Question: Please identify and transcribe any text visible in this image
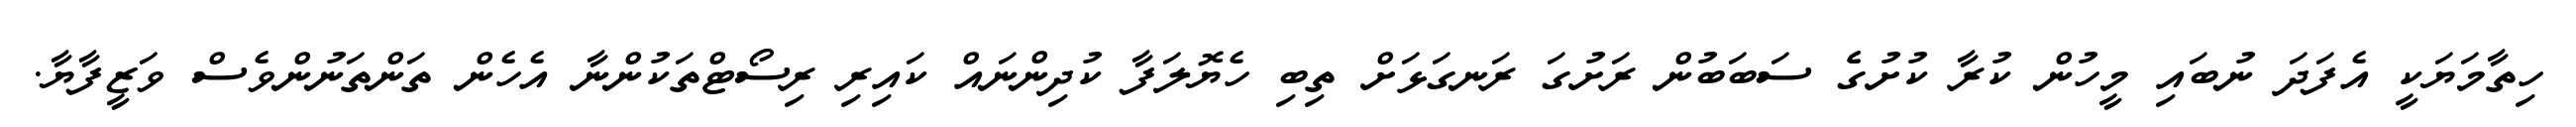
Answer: ހިތާމަޔަކީ އެފަދަ ނުބައި މީހުން ކުރާ ކުށުގެެ ސަބަބުން ރަށުގަ ރަނގަޅަށް ތިބި ހެޔޮލަފާ ކުދިންނައް ކައިރި ރިސޯޓްތަކުންނާ އެހެން ތަންތަނުންވެސް ވަޒީފާޔާ.